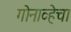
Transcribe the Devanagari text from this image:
गोनाव्हेचा